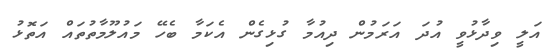
އަލީ ވިދާޅުވީ އުދަ އަރަމުން ދިއުމާ ގުޅިގެން އެކަމާ ބެހޭ މައުލޫމާތުތައް އަތޮޅު